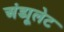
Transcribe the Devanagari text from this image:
अंड्यूलेट